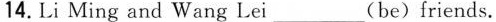
14.Li Ming and Wang Lei___(be)friends.